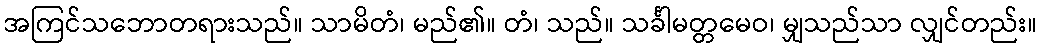
အကြင်သဘောတရားသည်။ သာမိတံ၊ မည်၏။ တံ၊ သည်။ သင်္ခါမတ္တမေဝ၊ မျှသည်သာ လျှင်တည်း။